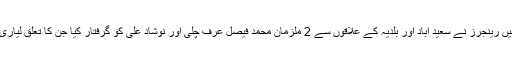
ایک اور کارروائی میں رینجرز نے سعید آباد اور بلدیہ کے علاقوں سے 2 ملزمان محمد فیصل عرف چلی اور نوشاد علی کو گرفتار کیا جن کا تعلق لیاری گینگ وار سے ہے۔